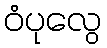
ဝံပုလွေ